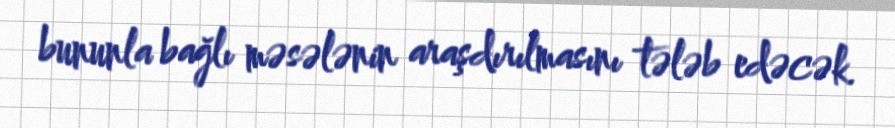
bununla bağlı məsələnin araşdırılmasını tələb edəcək.